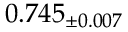
0 . 7 4 5 _ { \pm 0 . 0 0 7 }